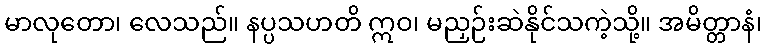
မာလုတော၊ လေသည်။ နပ္ပသဟတိ ဣဝ၊ မညှဉ်းဆဲနိုင်သကဲ့သို့။ အမိတ္တာနံ၊